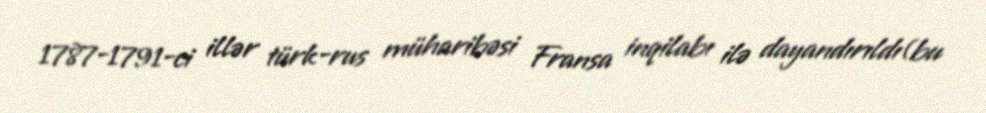
1787-1791-ci illər türk-rus müharibəsi Fransa inqilabı ilə dayandırıldı(bu